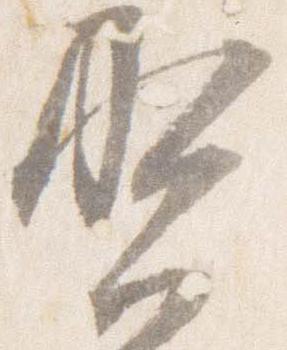
賀